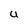
Character: U